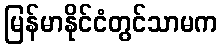
မြန်မာနိုင်ငံတွင်သာမက